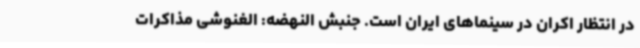
در انتظار اکران در سینماهای ایران است. جنبش النهضه: الغنوشی مذاکرات